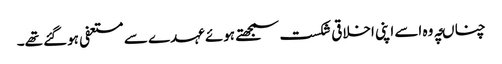
چناںچہ وہ اسے اپنی اخلاقی شکست سمجھتے ہوئے عہدے سے مستعفی ہوگئے تھے۔